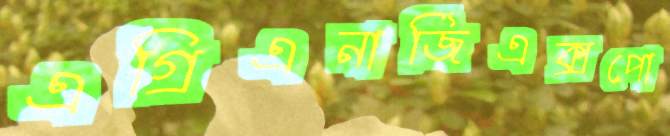
এগ্রিএনার্জিএক্সপো